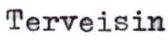
Terveisin